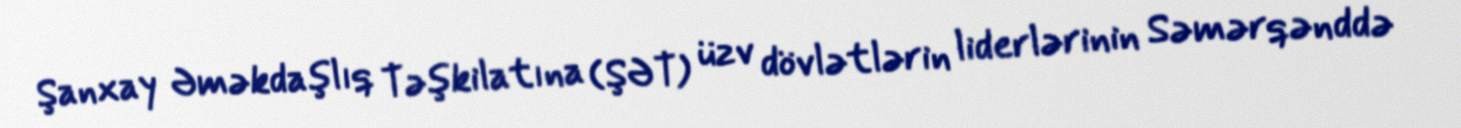
Şanxay Əməkdaşlıq Təşkilatına (ŞƏT) üzv dövlətlərin liderlərinin Səmərqənddə